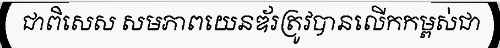
ជាពិសេស សមភាពយេនឌ័រត្រូវបានលើកកម្ពស់ជា